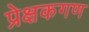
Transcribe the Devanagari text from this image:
प्रेक्षकगण